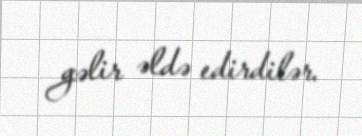
gəlir əldə edirdilər.